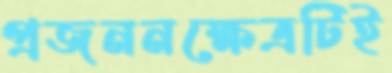
প্রজননক্ষেত্রটিই